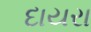
દાયરા